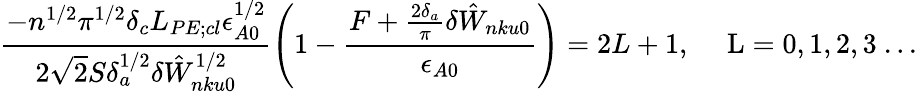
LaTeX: \frac{-n^{1/2}\pi^{1/2}\delta_{c}L_{PE;cl}\epsilon_{A0}^{1/2}}{2\sqrt{2}S\delta_{a}^{1/2}\delta{\hat{W}}_{nku0}^{1/2}}\left(1-\frac{F+\frac{2\delta_{a}}{\pi}\delta{\hat{W}}_{nku0}}{\epsilon_{A0}}\right)=2L+1,{\quad\mathrm{~L=0,1,2,3~...}}